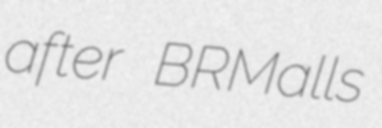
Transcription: after BRMalls